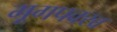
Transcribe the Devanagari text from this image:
मूगपक्ख